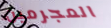
المجرمين